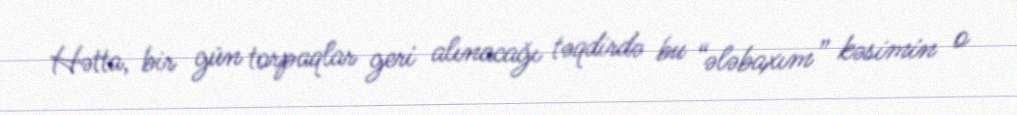
Hətta, bir gün torpaqlar geri alınacağı təqdirdə bu “ələbaxım” kəsimin o